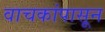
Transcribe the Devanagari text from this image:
वाचकांपासून